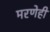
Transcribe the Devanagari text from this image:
मरणेही